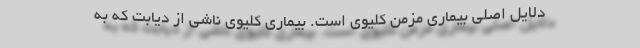
دلایل اصلی بیماری مزمن کلیوی است. بیماری کلیوی ناشی از دیابت که به